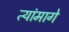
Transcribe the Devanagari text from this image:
त्यांमागे